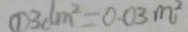
\textcircled { 1 } 3 d m ^ { 2 } = 0 . 0 3 m ^ { 2 }